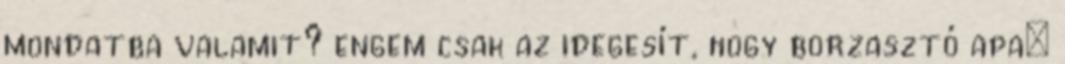
mondatba valamit? engem csak az idegesít, hogy borzasztó apa: